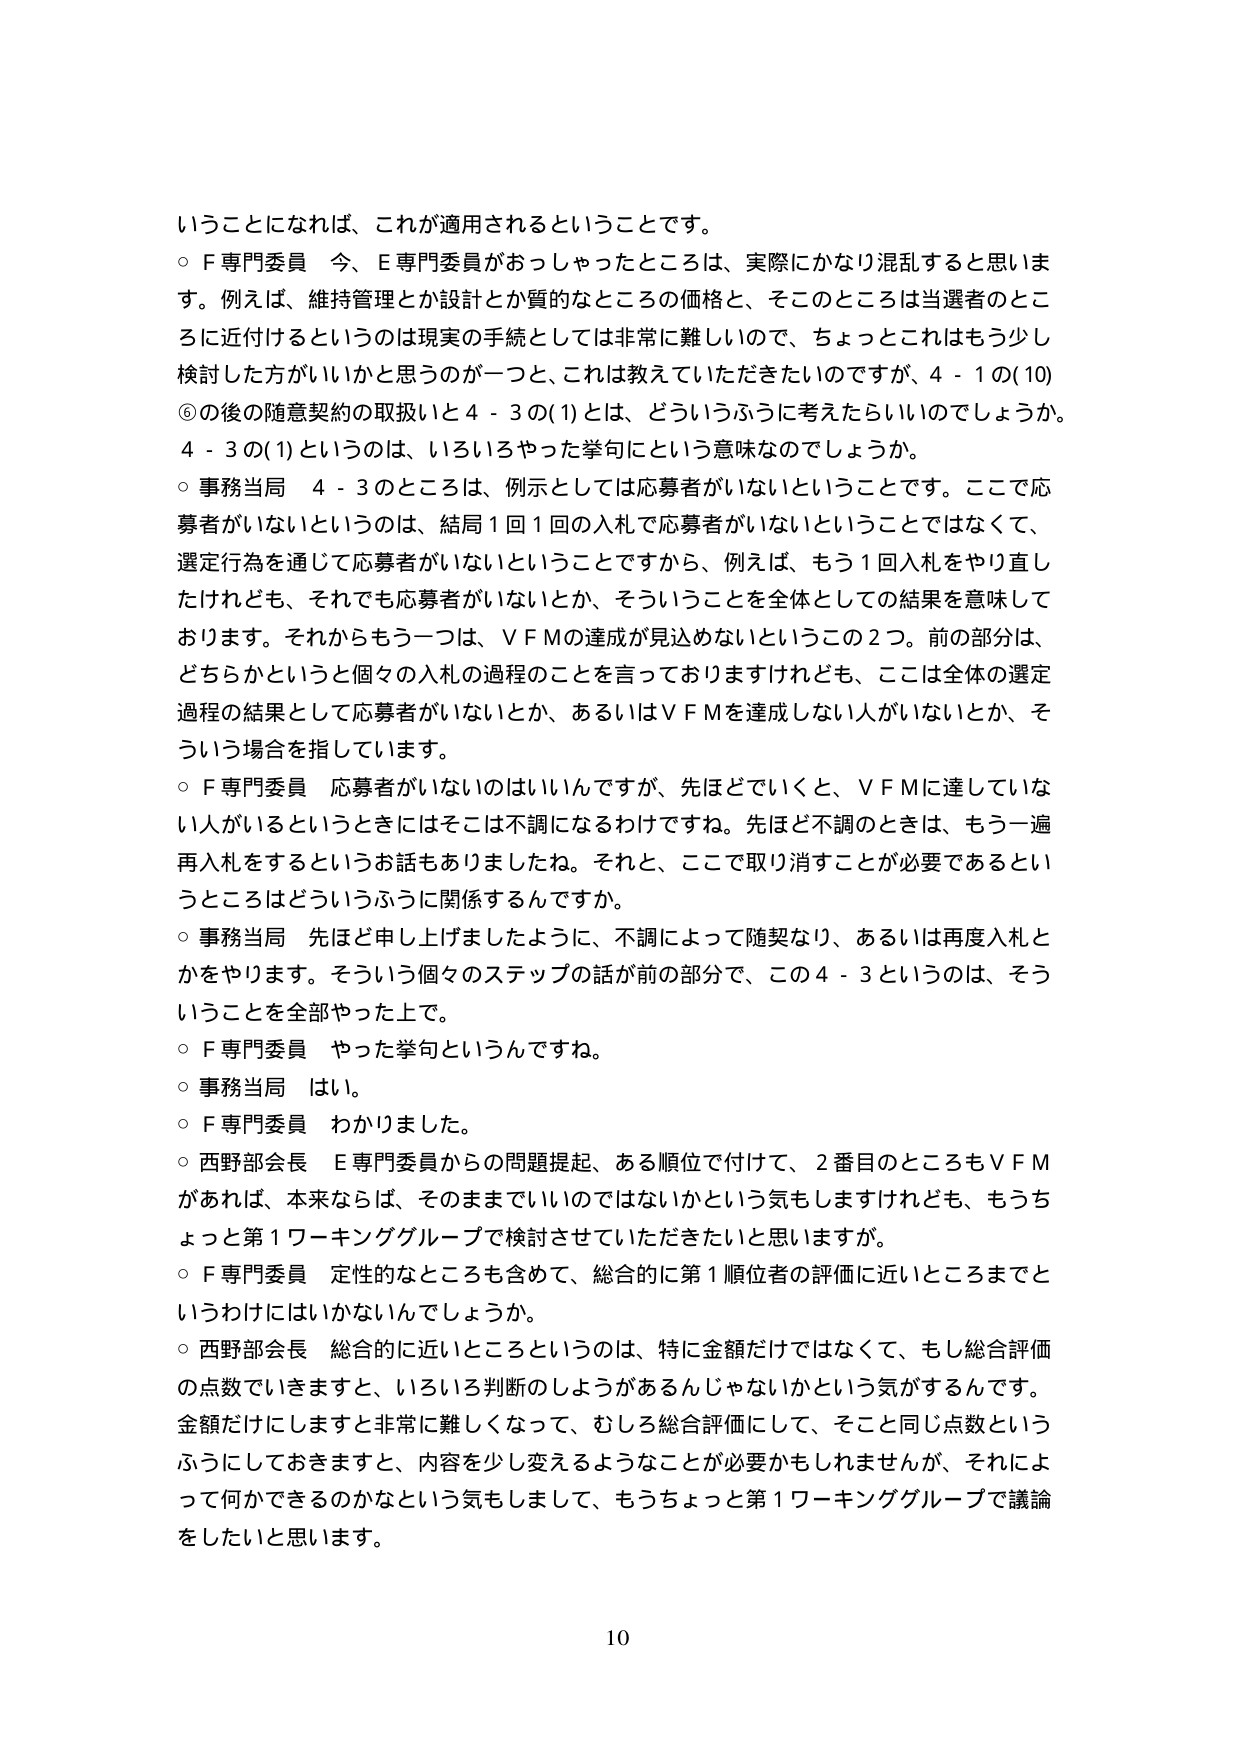
いうことになれば、これが適用されるということです。
○ F専門委員 今、E専門委員がおっしゃったところは、実際にかなり混乱すると思います。例えば、維持管理とか設計とか質的なところの価格と、そこのところは当選者のところに近付けるというのは現実の手続としては非常に難しいので、ちょっとこれはもう少し検討した方がいいかと思うのが一つと、これは教えていただきたいのですが、4－1の(10)⑥の後の随意契約の取扱いと4－3の(1)とは、どういうふうに考えたらいいのでしょうか。4－3の(1)というのは、いろいろやった挙句にという意味なのでしょうか。
○ 事務当局 4－3のところは、例示としては応募者がいないということです。ここで応募者がいないというのは、結局1回1回の入札で応募者がいないということではなくて、選定行為を通じて応募者がいないということですから、例えば、もう1回入札をやり直したけれども、それでも応募者がいないとか、そういうことを全体としての結果を意味しております。それからもう一つは、VFMの達成が見込めないというこの2つ。前の部分は、どちらかというと個々の入札の過程のことを言っておりますけれども、ここは全体の選定過程の結果として応募者がいないとか、あるいはVFMを達成しない人がいないとか、そういう場合を指しています。
○ F専門委員 応募者がいないのはいいんですが、先ほどでいくと、VFMに達していない人がいるというときにはそこは不調になるわけですね。先ほど不調のときは、もう一遍再入札をするというお話もありましたね。それと、ここで取り消すことが必要であるというところはどういうふうに関係するんですか。
○ 事務当局 先ほど申し上げましたように、不調によって随契なり、あるいは再度入札とかをやります。そういう個々のステップの話が前の部分で、この4－3というのは、そういうことを全部やった上で。
○ F専門委員 やった挙句というんですね。
○ 事務当局 はい。
○ F専門委員 わかりました。
○ 西野部会長 E専門委員からの問題提起、ある順位で付けて、2番目のところもVFMがあれば、本来ならば、そのままでいいのではないかという気もしますけれども、もうちょっと第1ワーキンググループで検討させていただきたいと思いますが。
○ F専門委員 定性的なところも含めて、総合的に第1順位者の評価に近いところまでというわけにはいかないんでしょうか。
○ 西野部会長 総合的に近いところというのは、特に金額だけではなくて、もし総合評価の点数でいきますと、いろいろ判断のしようがあるんじゃないかという気がするんです。金額だけにしますと非常に難しくなって、むしろ総合評価にして、そこと同じ点数というふうにしておきますと、内容を少し変えるようなことが必要かもしれませんが、それによって何かできるのかなという気もしまして、もうちょっと第1ワーキンググループで議論をしたいと思います。
10